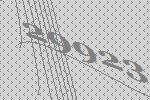
29923